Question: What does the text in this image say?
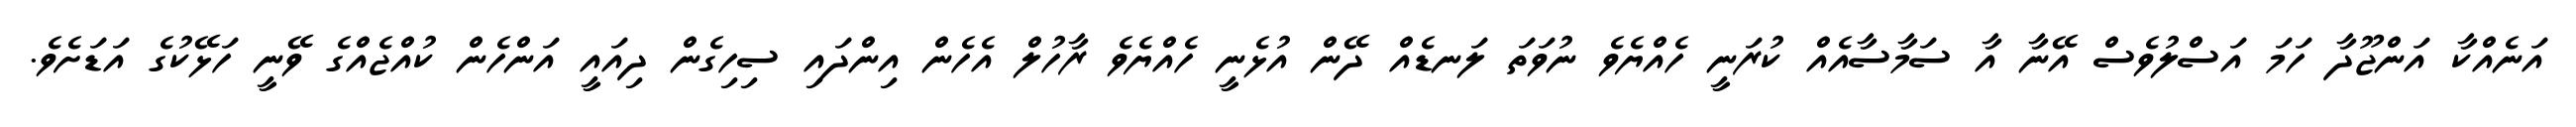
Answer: އަނެއްކާ އަންޖޫދާ ހަމަ އަސްލުވެސް އޭނާ އާ ސަމާސާއެއް ކުރަނީ ހެއްޔެވެ ނުވަތަ ލަނޑެއް ދޭން އުޅެނީ ހެއްޔެވެ ރާހުލް އެހެން އިންދައި ސިހިގެން ދިއައީ އަންހެން ކުއްޖެއްގެ ވޭނީ ހަޅޭކުގެ އަޑަށެވެ.